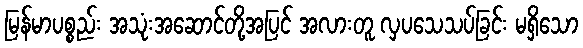
မြန်မာပစ္စည်း အသုံးအဆောင်တို့အပြင် အလားတူ လှပသေသပ်ခြင်း မရှိသော